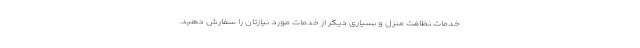
خدمات نظافت منزل و بسیاری دیگر از خدمات مورد نیازتان را سفارش دهید.